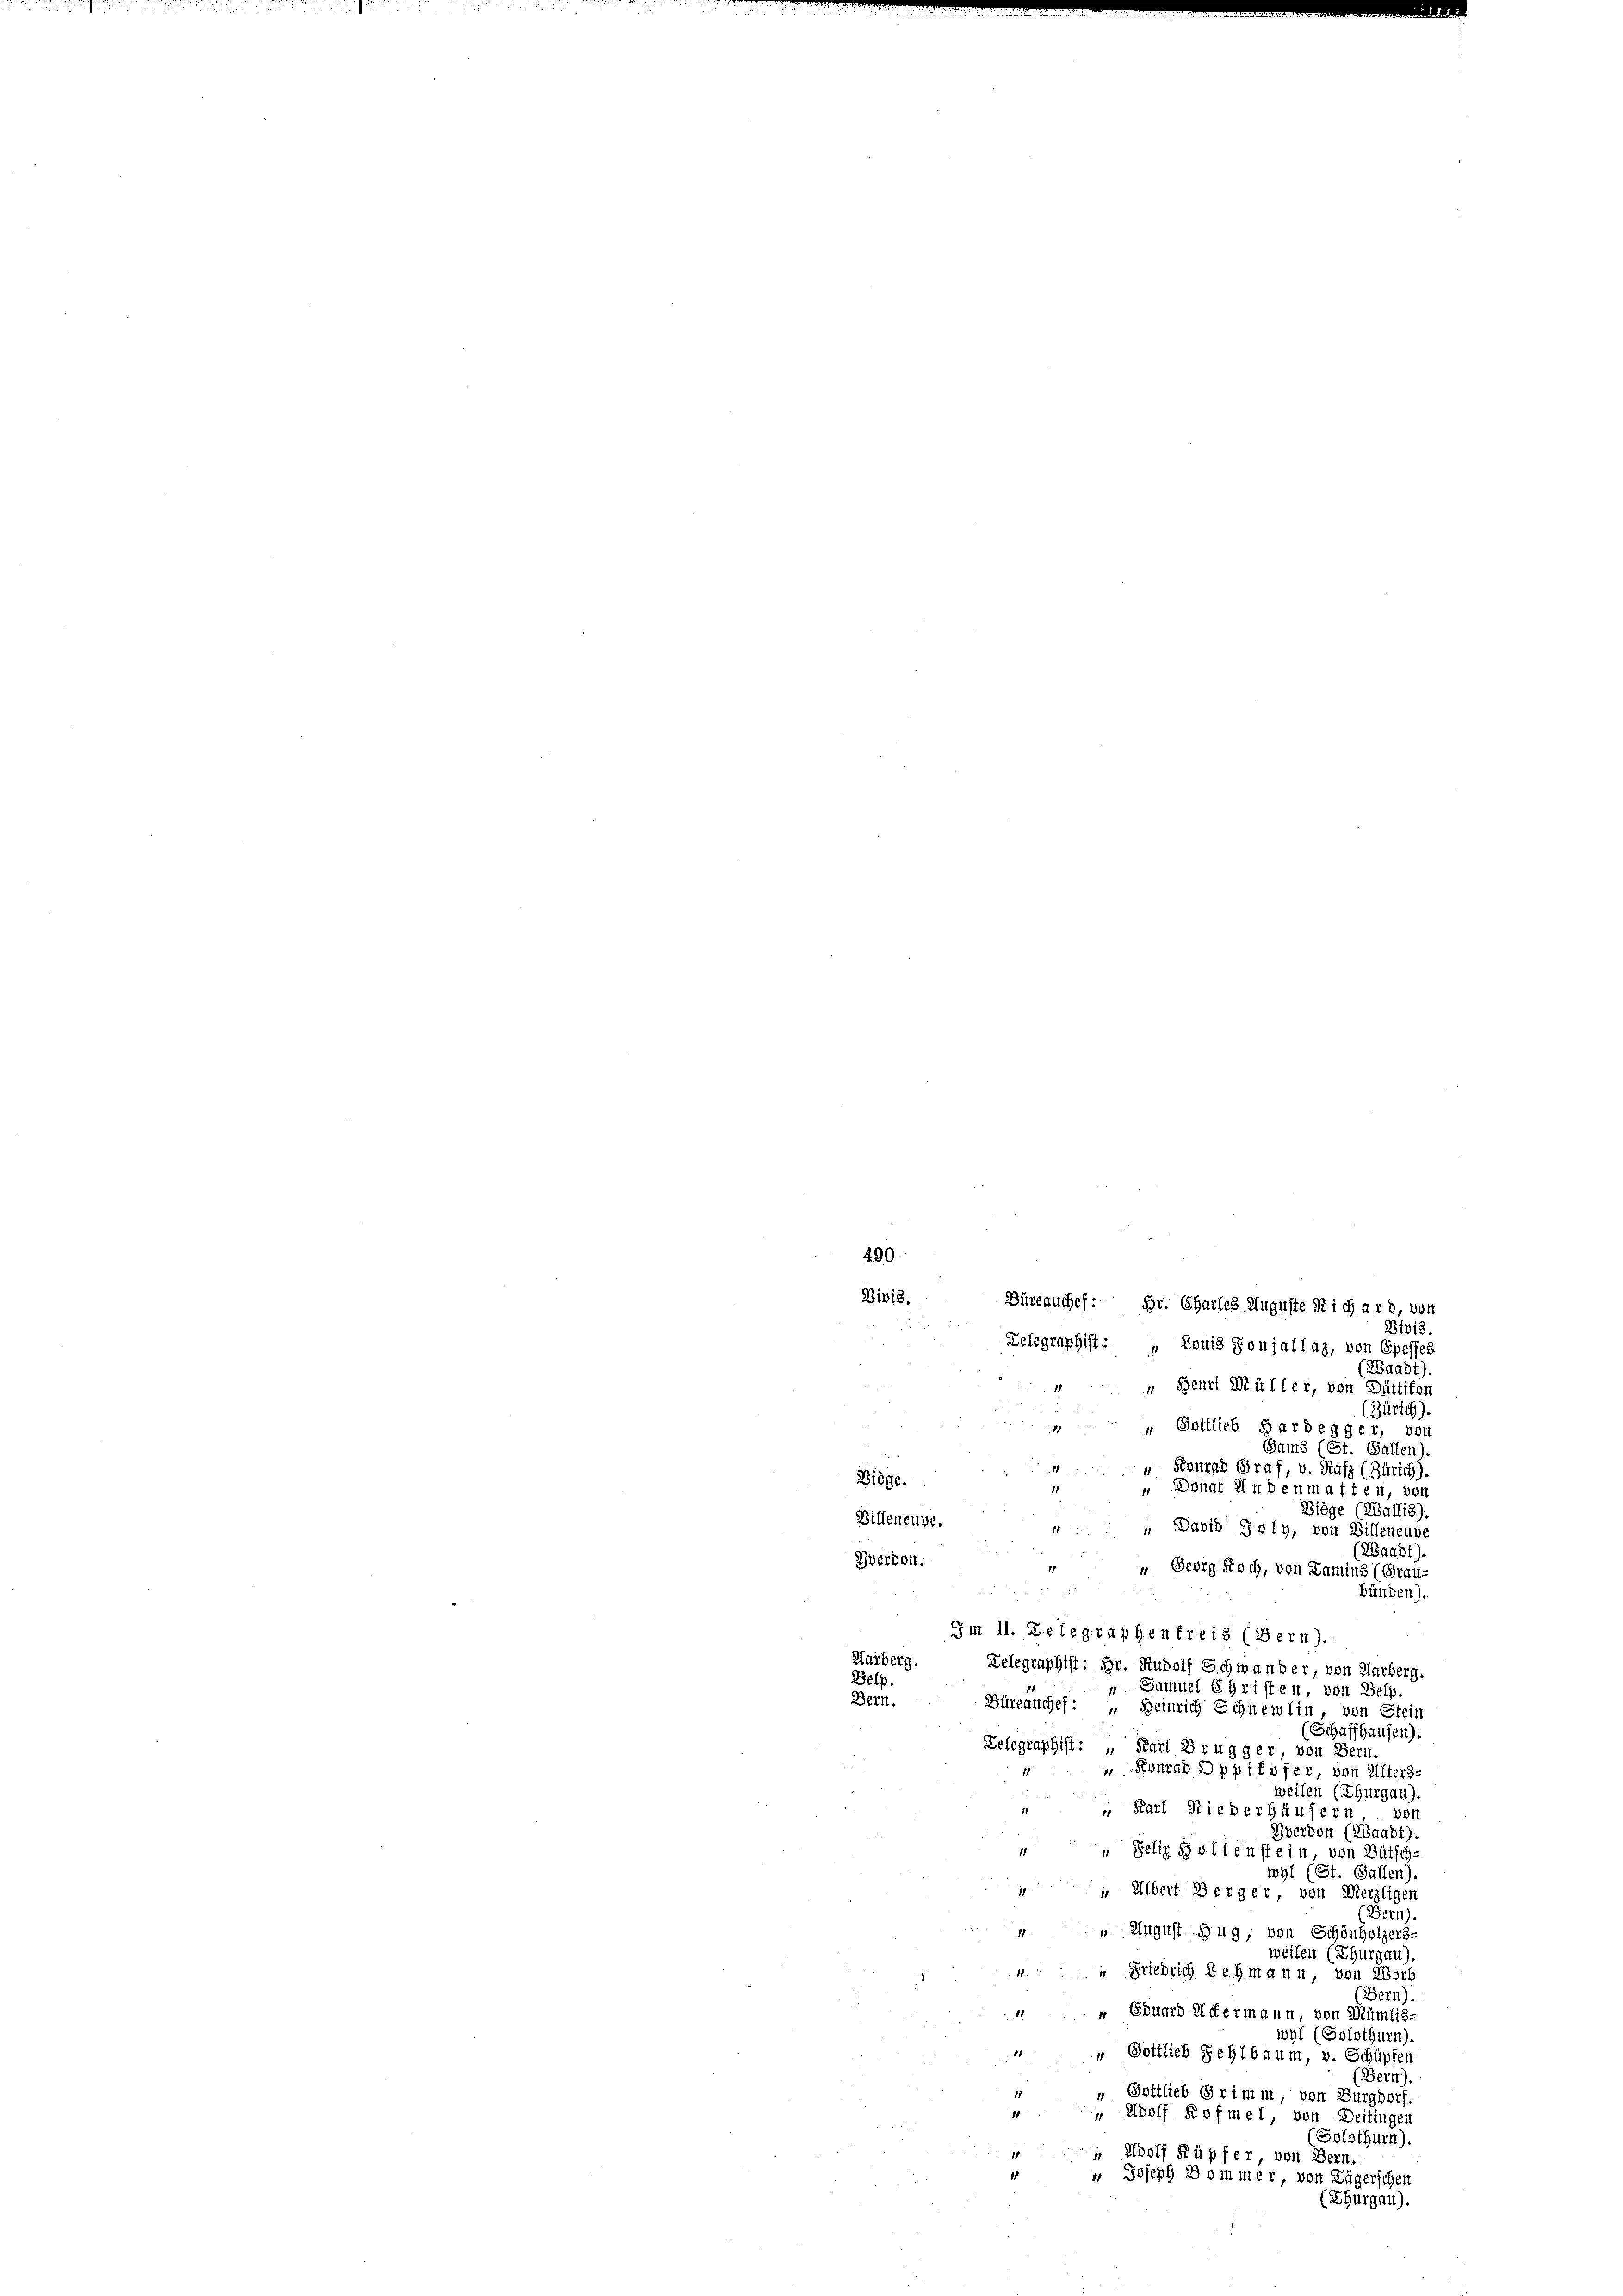
490.
Bivis.
Büreauchef: Br. Charles Auguste Sichard, von
Bibi.
Telegraphist: „Louis Koniallas, von Epesses
(Waadt).
 Henri Müller, von Dättifon
Zürich).
11
" Gottlieb Hardegger, von
Sams (St. Gallen).
 Konrad Graf, v. Maß (Zürich).
Biege.
 Donat in denmatten, von
Biege (Wallis).
Billeneube.
 David Poly, von Billeneuve
(Waadt).
Zverdon.
“ Georg Roch, von Lamins (Grau-
Bünden).
Im II. Belegraphenfreis (Bern).
Harberg. Telegraphist: Hr. Rudolf Schwander, von Aarberg.
Belp.
" Samuel Christen, von Belp.
Bern.
Büreauches: „ Heinrich Schnemlin, von Stein
(Schaffhausen).
Telegraphist: „ Karl Brugger, von Bern.
Konrad Dppifofer von Alters-
weilen (Thurgau)
 Karl Riederhäusern, von
Zvervon (Waadt).
 Selig sollenstein, von Bütsch-
wyl (St. Gallen)
 Albert Berger, von Merzligen
Bern).
 August Zug, von Schönholzers-
weilen (Thurgau)
Friedrich Lehmann von Worb
Bern).
" Eduard Untermann, von Mümlis-
wyl (Solothurn).
18
" Gottlieb Sehlbaum, v. Schüpfen
Bern).
" Gottlieb Grimm, von Burgdorf.
18
" Wolf Rofmel, von Deitingen
(Solothurn).
 Adolf Küpfer, von Bern.
 Joseph Sommer, von Lägerschen
(Thurgau).